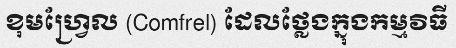
ខុមហ្វ្រែល (Comfrel) ដែលថ្លែងក្នុងកម្មវិធី